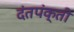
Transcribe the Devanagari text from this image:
दंतपंक्ती